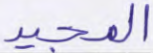
المجيد